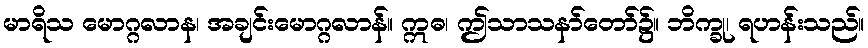
မာရိသ မောဂ္ဂလာန၊ အချင်းမောဂ္ဂလာန်။ ဣဓ၊ ဤသာသနာ်တော်၌။ ဘိက္ခု၊ ရဟန်းသည်။